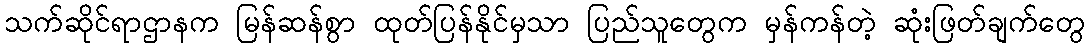
သက်ဆိုင်ရာဌာနက မြန်ဆန်စွာ ထုတ်ပြန်နိုင်မှသာ ပြည်သူတွေက မှန်ကန်တဲ့ ဆုံးဖြတ်ချက်တွေ